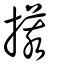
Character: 𢲧